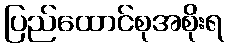
ပြည်ထောင်စုအစိုးရ